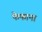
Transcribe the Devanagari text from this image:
फेफाना